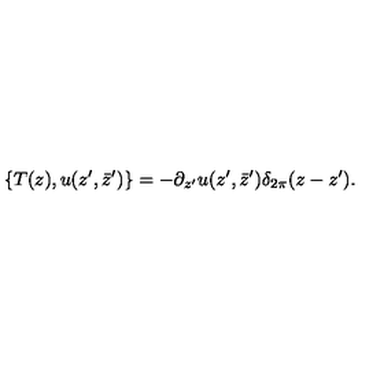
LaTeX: \{ T ( z ) , u ( z ^ { \prime } , \bar { z } ^ { \prime } ) \} = - \partial _ { z ^ { \prime } } u ( z ^ { \prime } , \bar { z } ^ { \prime } ) \delta _ { 2 \pi } ( z - z ^ { \prime } ) .